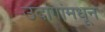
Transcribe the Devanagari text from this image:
उंदांगांमधून